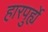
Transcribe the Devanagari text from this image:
हारपुर्ह्ये